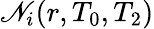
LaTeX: \mathscr{N}_{i}(r,T_{0},T_{2})